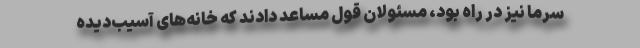
سرما نیز در راه بود، مسئولان قول مساعد دادند که خانه‌های آسیب‌دیده